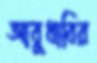
আবুধাবির